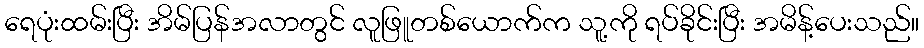
ရေပုံးထမ်းပြီး အိမ်ပြန်အလာတွင် လူဖြူတစ်ယောက်က သူ့ကို ရပ်ခိုင်းပြီး အမိန့်ပေးသည်။